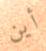
أين